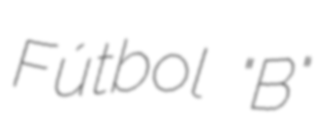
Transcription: Fútbol "B"